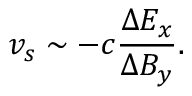
v _ { s } \sim - c \frac { \Delta E _ { x } } { \Delta B _ { y } } .